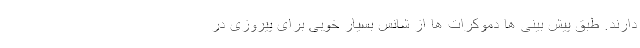
دارند. طبق پیش بینی ها دموکرات ها از شانس بسیار خوبی برای پیروزی در